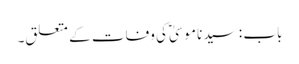
باب : سیدنا موسیٰؑ کی وفات کے متعلق۔